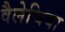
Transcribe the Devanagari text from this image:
वैलेचिया